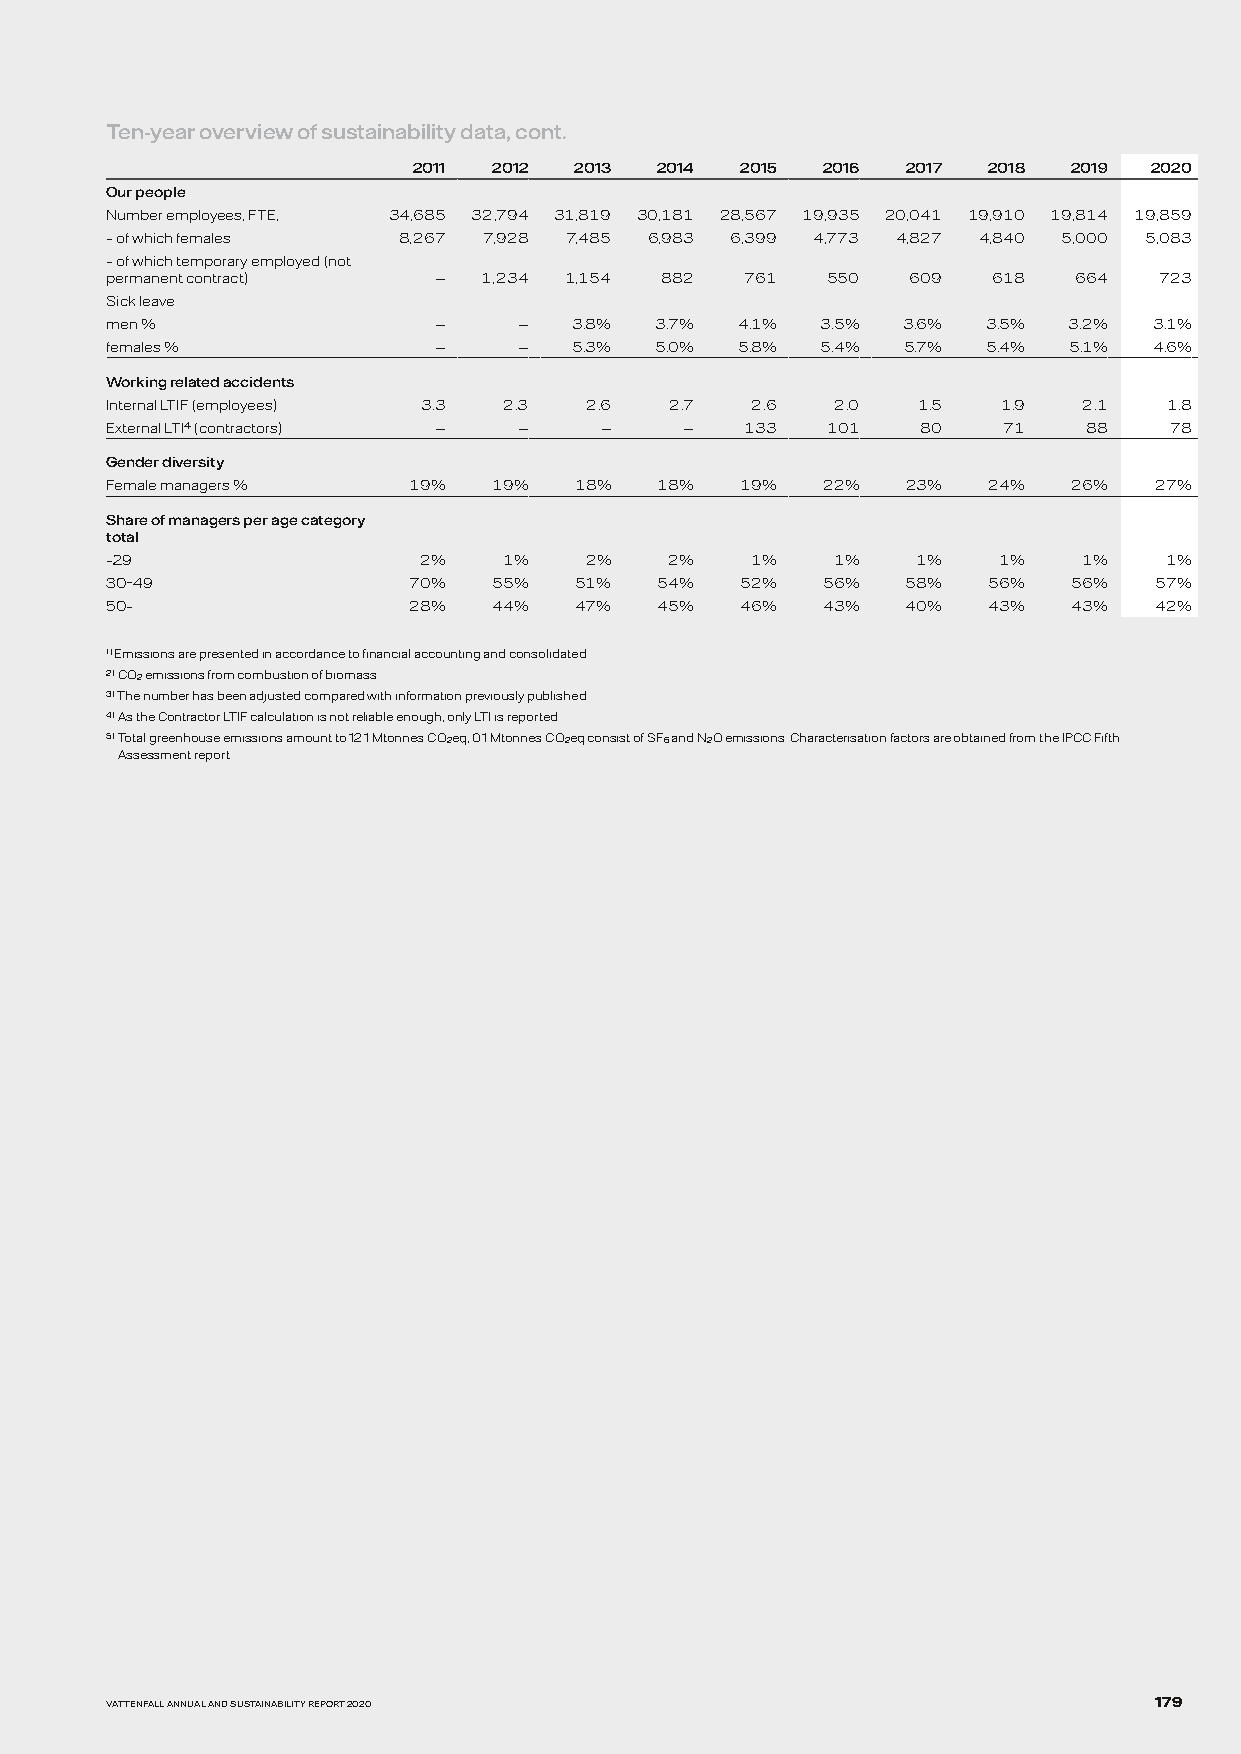
Ten-year overview of sustainability data, cont.
 2011  2012 2013 2014  2015 2016  2017 2018  2019 2020
 Our people
 Number employees, FTE, 34,685 32,794 31,819 30,181 28,567 19,935 20,041 19,910 19,814 19,859
 – of which females 8,267 7,928 7,485 6,983 6,399 4,773 4,827 4,840 5,000 5,083
 – of which temporary employed (not
 permanent contract)   —  1,234 1,154 882  761   550  609   618  664   723
 Sick leave
 men %                 —    —   3.8% 3.7%  4.1% 3.5%  3.6% 3.5%  3.2% 3.1%
 females %             —    —   5.3% 5.0%  5.8% 5.4%  5.7% 5.4%  5.1% 4.6%
 Working related accidents
 Internal LTIF (employees) 3.3 2.3 2.6 2.7  2.6  2.0   1.5  1.9   2.1  1.8
 External LTI4 (contractors) — —  —    —   133   101   80   71    88   78
 Gender diversity
 Female managers %   19%   19%  18%  18%   19%  22%   23%  24%   26%  27%
 Share of managers per age category
 total
 –29                  2%   1%    2%   2%    1%   1%    1%   1%    1%   1%
 30–49               70%   55%  51%  54%   52%  56%   58%  56%   56%  57%
 50–                 28%   44%  47%  45%   46%  43%   40%  43%   43%  42%
 1) Emissions are presented in accordance to financial accounting and consolidated.
 2) CO2 emissions from combustion of biomass.
 3) The number has been adjusted compared with information previously published.
 4) As the Contractor LTIF calculation is not reliable enough, only LTI is reported.
 5) Total greenhouse emissions amount to 12.1 Mtonnes CO2eq, 0.1 Mtonnes CO2eq consist of SF6 and N2O emissions. Characterisation factors are obtained from the IPCC Fifth
 Assessment report.
 VATTENFALL ANNUAL AND SUSTAINABILITY REPORT 2020                     179